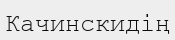
Качинскидің